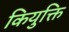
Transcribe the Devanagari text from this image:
कियुक्ति